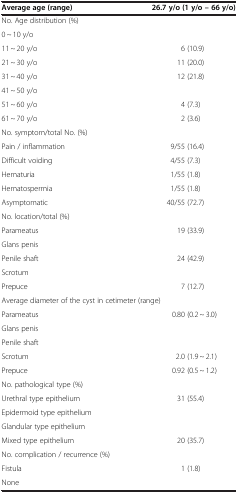
<table><thead><tr><td><b>Average age (range)</b></td><td><b>26.7 y/o (1 y/o – 66 y/o)</b></td></tr></thead><tbody><tr><td>No. Age distribution (%)</td><td>[EMPTY_CELL]</td></tr><tr><td>0 ~ 10 y/o</td><td>[EMPTY_CELL]</td></tr><tr><td>11 ~ 20 y/o</td><td>6 (10.9)</td></tr><tr><td>21 ~ 30 y/o</td><td>11 (20.0)</td></tr><tr><td>31 ~ 40 y/o</td><td>12 (21.8)</td></tr><tr><td>41 ~ 50 y/o</td><td>[EMPTY_CELL]</td></tr><tr><td>51 ~ 60 y/o</td><td>4 (7.3)</td></tr><tr><td>61 ~ 70 y/o</td><td>2 (3.6)</td></tr><tr><td>No. symptom/total No. (%)</td><td>[EMPTY_CELL]</td></tr><tr><td>Pain / inflammation</td><td>9/55 (16.4)</td></tr><tr><td>Difficult voiding</td><td>4/55 (7.3)</td></tr><tr><td>Hematuria</td><td>1/55 (1.8)</td></tr><tr><td>Hematospermia</td><td>1/55 (1.8)</td></tr><tr><td>Asymptomatic</td><td>40/55 (72.7)</td></tr><tr><td>No. location/total (%)</td><td>[EMPTY_CELL]</td></tr><tr><td>Parameatus</td><td>19 (33.9)</td></tr><tr><td>Glans penis</td><td>[EMPTY_CELL]</td></tr><tr><td>Penile shaft</td><td>24 (42.9)</td></tr><tr><td>Scrotum</td><td>[EMPTY_CELL]</td></tr><tr><td>Prepuce</td><td>7 (12.7)</td></tr><tr><td colspan="2">Average diameter of the cyst in cetimeter (range)</td></tr><tr><td>Parameatus</td><td>0.80 (0.2 ~ 3.0)</td></tr><tr><td>Glans penis</td><td>[EMPTY_CELL]</td></tr><tr><td>Penile shaft</td><td>[EMPTY_CELL]</td></tr><tr><td>Scrotum</td><td>2.0 (1.9 ~ 2.1)</td></tr><tr><td>Prepuce</td><td>0.92 (0.5 ~ 1.2)</td></tr><tr><td>No. pathological type (%)</td><td>[EMPTY_CELL]</td></tr><tr><td>Urethral type epithelium</td><td>31 (55.4)</td></tr><tr><td>Epidermoid type epithelium</td><td>[EMPTY_CELL]</td></tr><tr><td>Glandular type epithelium</td><td>[EMPTY_CELL]</td></tr><tr><td>Mixed type epithelium</td><td>20 (35.7)</td></tr><tr><td>No. complication / recurrence (%)</td><td>[EMPTY_CELL]</td></tr><tr><td>Fistula</td><td>1 (1.8)</td></tr><tr><td>None</td><td>[EMPTY_CELL]</td></tr></tbody></table>